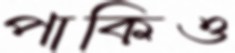
পাকিও